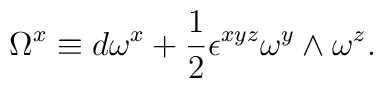
\Omega^x \equiv d\omega^x +{1\over 2}\epsilon^{xyz}\omega^y\wedge\omega^z.